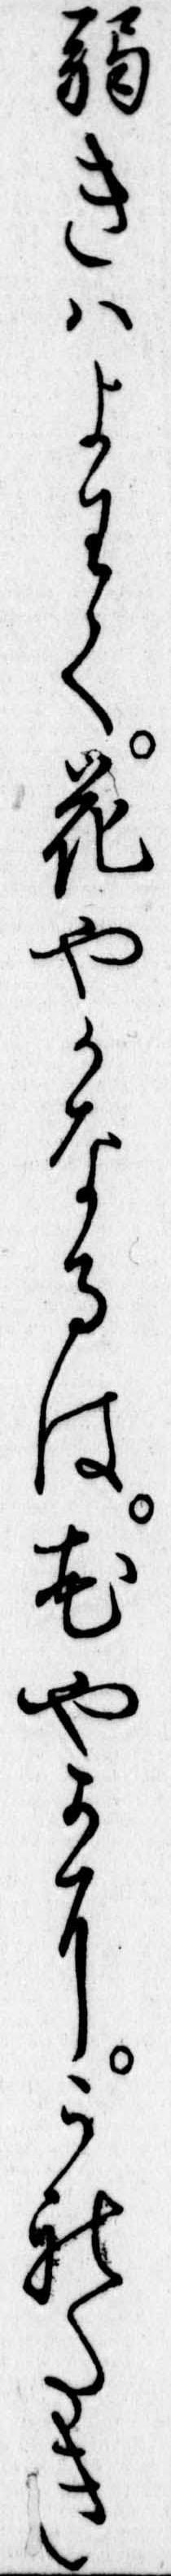
弱きはよわく花やかなるは花やかにうれたき